Report on malaria in the Punjab during the year ...  together with an account of the work of the Punjab Malaria Bureau - Volume 5
Disease focus: Malaria
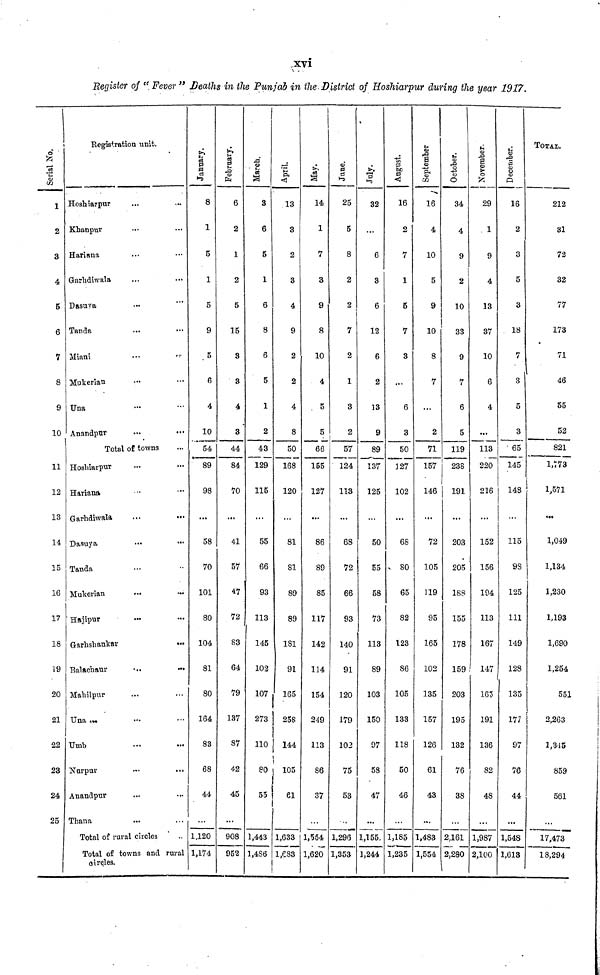
xvi
Register of " Fever " Deaths in the Punjab in the District of Hoshiarpur during the year 1917.
Serial No,
1
2
3
4
5
6
7
8
9
10
11
12
13
14
15
16
17
18
19
20
21
22
23
24
25
Registrai
Hoshiarpur
Khanpur
Hariana
Garhdiwala
Dasuya
Tanda
Miani
Mukerian
Una
Anandpur
on unit.
...
...
...
...
...
...
...
...
Total of towns
Hoshiarpur
Hariana
Garhdiwala
Dasuya
Tanda
Mukerian
Hajipur
Garhshankar
Balachaur
Mahilpur
Una ...
Umb
Nurpur
Anandpur
Thana
...
...
...
...
...
...
...
...
...
...
...
Total of rural circles
...
...
...
...
...
...
...
...
...
...
...
...
...
...
...
Total of towns and rural
circles.
January.
8
1
5
1
5
9
5
6
4
10
54
89
98
58
70
101
80
104
81
80
164
83
68
44
1,120
1,174
February.
6
2
1
2
5
15
3
3
4
3
44
84
70
41
57
47
72
83
64
79
137
87
42
45
908
952
March.
3
6
5
1
6
8
6
5
1
2
43
129
115
55
66
93
113
145
102
107
273
110
80
55
1,443
1,4S6
April.
13
3
2
3
4
9
2
2
4
8
50
168
120
81
81
89
89
181
91
165
258
144
105
61
1,633
1,683
14
1
7
3
9
8
10
4
5
5
66
155
127
86
89
85
117
142
114
154
249
113
86
37
1,554
1,620
June.
25
5
8
2
2
7
2
1
3
2
57
124
113
68
72
66
93
140
91
120
179
102
75
53
1,296
1,353
July.
32
...
6
3
6
12
6
2
13
9
89
137
125
50
55
58
73
113
89
103
150
97
58
47
1,155.
1,244
16
2
7
1
5
7
3
...
6
3
50
127
102
68
80
65
82
123
86
105
133
118
50
46
1,185
1,235
September
16
4
10
5
9
10
8
7
2
71
157
146
72
105
119
95
165
102
135
157
126
61
43
1,483
1,554
October.
34
4
9
2
10
33
9
7
6
5
119
238
191
203
205
188
155
178
159
203
195
132
76
38
2,161
2,280
November.
29
1
9
4
13
37
10
6
4
...
113
220
216
152
156
194
113
167
147
165
191
136
82
48
1,987
2,100
December.
16
2
3
5
3
18
7
3
5
3
• 65
145
148
115
98
125
111
149
128
135
177
97
76
44
1,548
1,613
TOTAL
212
31
72
32
77
173
71
46
55
52
821
1,773
1,571
1,049
1,134
1,230
1,193
1,690
1,254
551
2,263
1,345
859
561
17,473
18,294